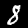
Digit: 8